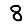
Digit: 8